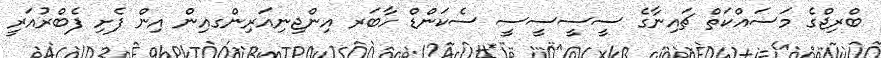
ބްރިޖްގެ މަސައްކަތް ޗައިނާގެ ސީސީސީސީ ސެކަންޑް ހާބަރ އިންޖިނިއަރިންގއިން އިން ފެށި ފެބްރުއަރީ